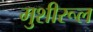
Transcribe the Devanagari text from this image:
मुशीरूल